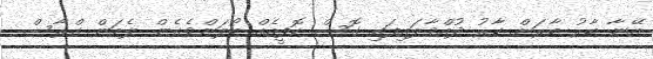
އޭނާ ބާރު ބާރަށް ކާރު ދުއްވާލައިފައި ގޮސް ކޮފީއެއް ބޯލަންވެގެން ލެމަން ގްރާސް